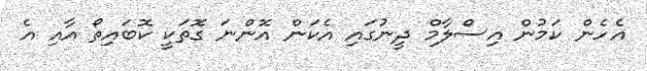
އެހެން ކަމުން އިސްލާމް ދީނުގައި އެކަން އޮންނަ ގޮތަކީ ކޮބައިތޯ އާއި އެ